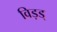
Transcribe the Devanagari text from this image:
विड़ड्